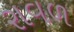
રાવળ